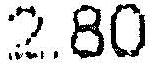
2.80